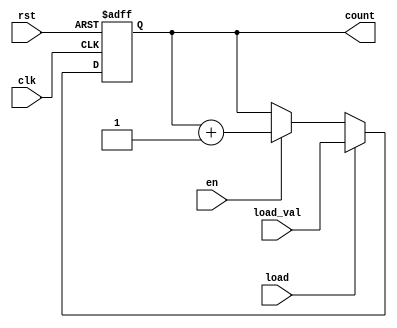
module sync_load_counter #(
    parameter N = 8  // Parameter for the number of bits in the counter
)(
    input wire clk,              // Clock signal
    input wire rst,              // Reset signal
    input wire load,             // Load control signal
    input wire [N-1:0] load_val, // Value to load into the counter
    input wire en,               // Enable signal
    output reg [N-1:0] count     // Current count value
);

    // Define the behavior of the counter
    always @(posedge clk or posedge rst) begin
        if (rst) begin
            count <= 0; // Reset the counter to zero
        end else if (load) begin
            count <= load_val; // Load the external value into the counter
        end else if (en) begin
            count <= count + 1; // Increment the counter on enable
        end
    end

endmodule